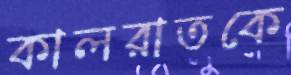
কালরাতকে